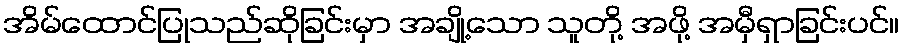
အိမ်ထောင်ပြုသည်ဆိုခြင်းမှာ အချို့သော သူတို့ အဖို့ အမှီရှာခြင်းပင်။